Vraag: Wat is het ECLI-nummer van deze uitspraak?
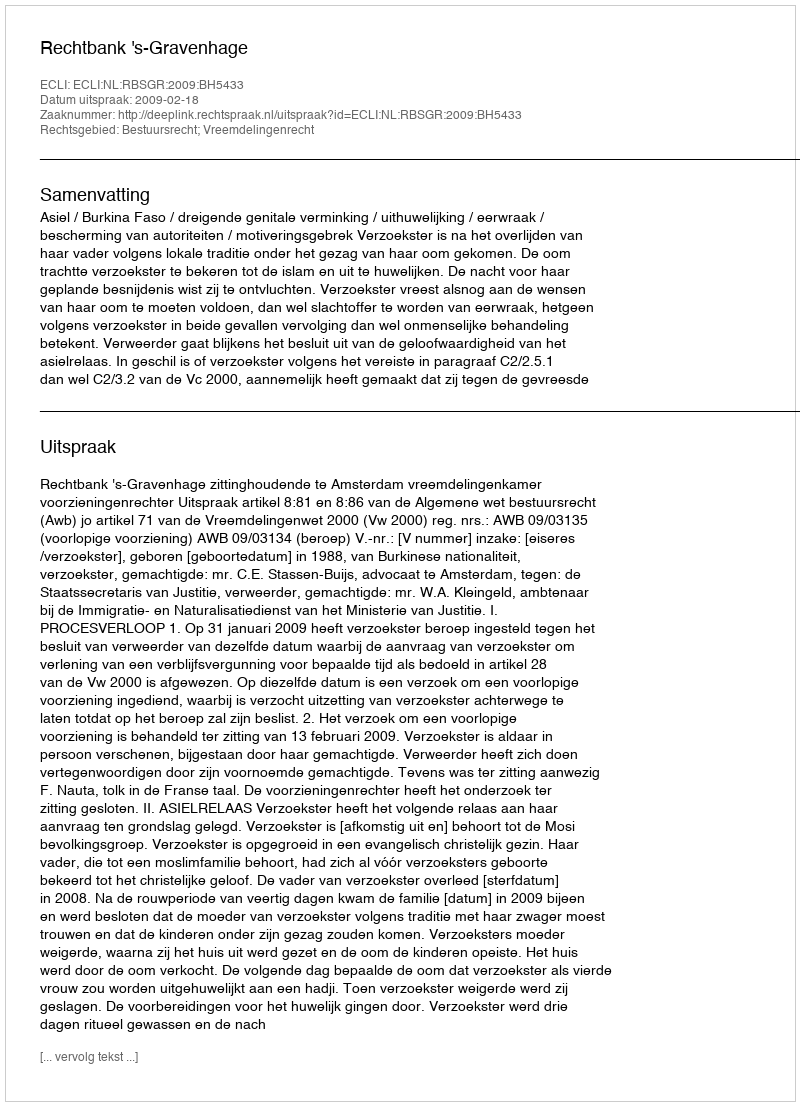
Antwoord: ECLI:NL:RBSGR:2009:BH5433